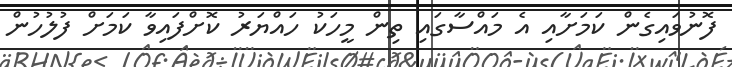
ފޮނުވައިގެން ކަމަށާއި އެ މައްސާގައި ތިން މީހަކު ހައްޔަރު ކޮށްފައިވާ ކަމަށް ފުލުހުން